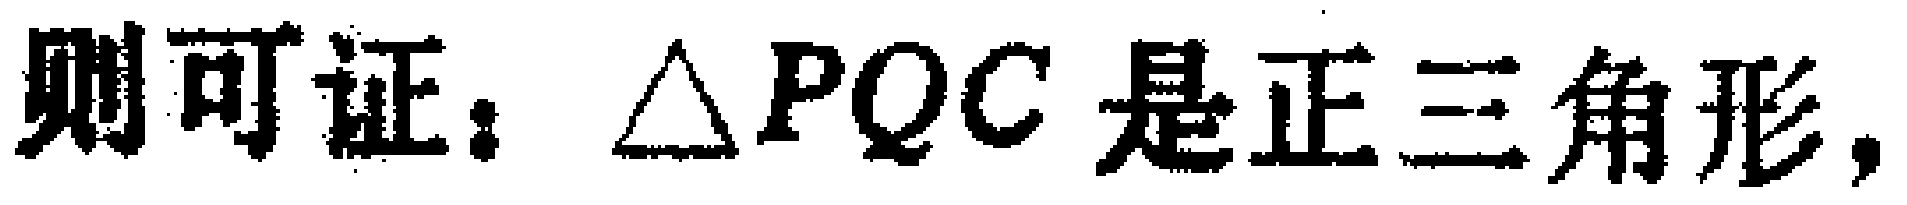
则可证：$\triangle PQC$ 是正三角形，